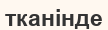
тканінде